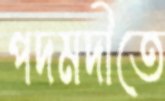
পদমদীতে